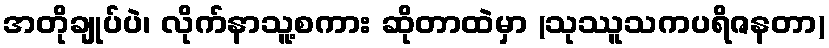
အတိုချုပ်ပဲ၊ လိုက်နာသူ့စကား ဆိုတာထဲမှာ (သုဿူသကပရိဇနတာ)